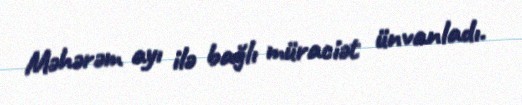
Məhərəm ayı ilə bağlı müraciət ünvanladı.